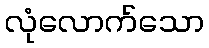
လုံလောက်သော